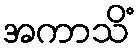
အကာသိံ